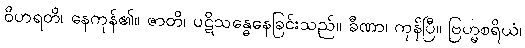
ဝိဟရတိ၊ နေကုန်၏။ ဇာတိ၊ ပဋိသန္ဓေနေခြင်းသည်။ ခီဏာ၊ ကုန်ပြီ။ ဗြဟ္မစရိယံ၊